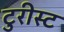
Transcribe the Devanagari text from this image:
टुरीस्ट